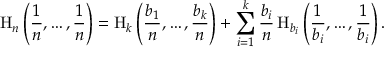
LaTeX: \mathrm { H } _ { n } \left( { \frac { 1 } { n } } , \ldots , { \frac { 1 } { n } } \right) = \mathrm { H } _ { k } \left( { \frac { b _ { 1 } } { n } } , \ldots , { \frac { b _ { k } } { n } } \right) + \sum _ { i = 1 } ^ { k } { \frac { b _ { i } } { n } } \, \mathrm { H } _ { b _ { i } } \left( { \frac { 1 } { b _ { i } } } , \ldots , { \frac { 1 } { b _ { i } } } \right) .